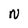
Character: N